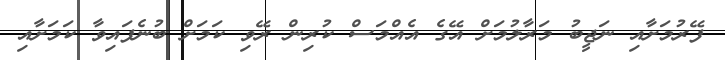
ފޭރުމަށާއި ނަޖީބު މަރާލުމަށް އޭގެ އެއްމަސް ކުރިން ރޭވި ކަމަށް ބުނެފައިވާ ކަމަށާއި